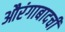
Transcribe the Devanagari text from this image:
औरंगाबादची